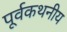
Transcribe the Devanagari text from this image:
पूर्वकथनीय